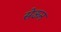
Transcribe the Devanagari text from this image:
सेऊन